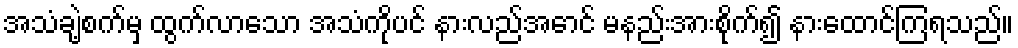
အသံချဲ့စက်မှ ထွက်လာသော အသံကိုပင် နားလည်အောင် မနည်းအားစိုက်၍ နားထောင်ကြရသည်။